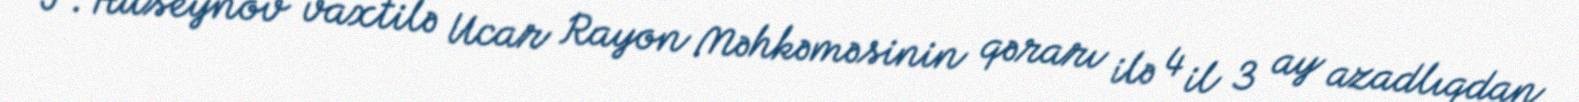
F.Hüseynov vaxtilə Ucar Rayon Məhkəməsinin qərarı ilə 4 il 3 ay azadlıqdan